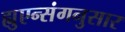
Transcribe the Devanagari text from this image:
ह्युएन्संगनुसार